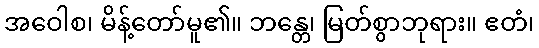
အဝေါစ၊ မိန့်တော်မူ၏။ ဘန္တေ၊ မြတ်စွာဘုရား။ ဧတံ၊